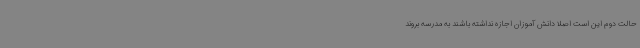
حالت دوم این است اصلا دانش آموزان اجازه نداشته باشند به مدرسه بروند